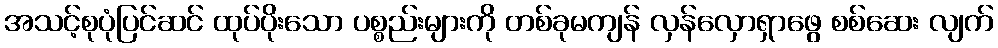
အသင့်စုပုံပြင်ဆင် ထုပ်ပိုးသော ပစ္စည်းများကို တစ်ခုမကျန် လှန်လှောရှာဖွေ စစ်ဆေး လျက်